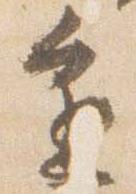
進